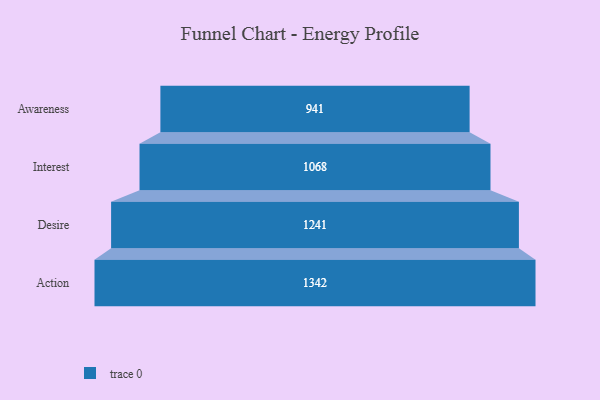
{"axis": {"x": "Stage", "y": "Value"}, "legend": [""], "data": [{"x": "Awareness", "y": 941.0, "type": ""}, {"x": "Interest", "y": 1068.0, "type": ""}, {"x": "Desire", "y": 1241.0, "type": ""}, {"x": "Action", "y": 1342.0, "type": ""}]}